Civil Veterinary Department. United Provinces 1912-22 - 1912-1922
Year: 1912
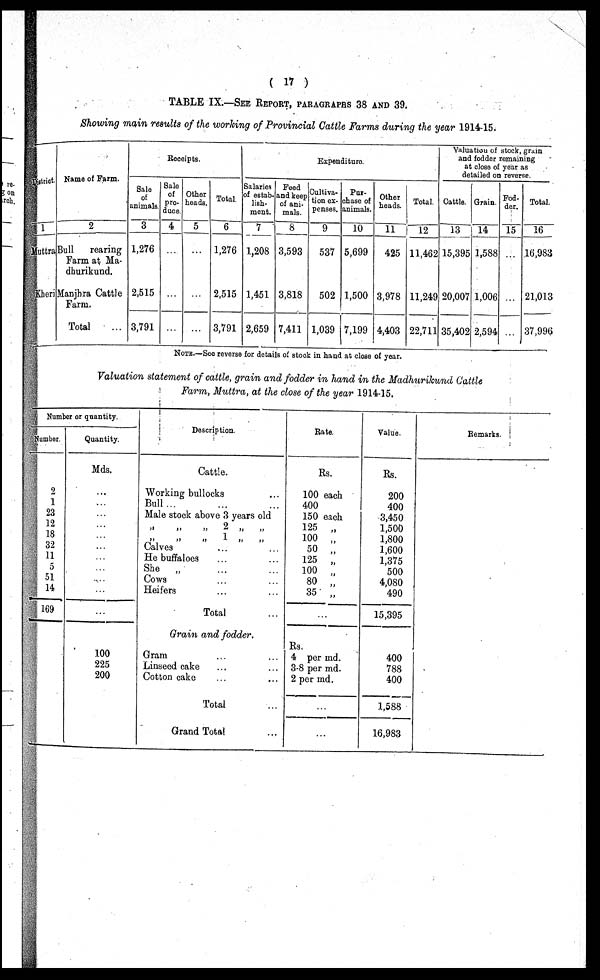
( 17 )
TABLE IX.—SEE REPORT, PARAGRAPHS 38 AND 39.
Showing main results of the working of Provincial Cattle Farms during the year 1914-15.
District
1
Muttra
Kheri
Name of Farm.
2
Bull
rearing
Farm at Ma-
dhurikund.
Manjhra Cattle
Farm.
Total …
Receipts.
Sale
of
animals.
3
1,276
2,515
3,791
Sale
of
pro-
duce
4
…
…
…
Other
heads.
5
…
…
…
Total.
6
1,276
2,515
3,791
Expenditure.
Salaries
of estab-
lish-
ment.
7
1,208
1,451
2,659
Feed
and keep
of ani-
mals.
8
3,593
3,818
7,411
Cultiva-
tion ex-
penses.
9
537
502
1,039
Pur-
chase of
animals.
10
5,699
1,500
7,199
Other
heads.
11
425
3,978
4,403
Total.
12
11,462
11,249
22,711
Valuation of stock, grain
and fodder remaining
at close of year as
detailed on reverse.
Cattle.
13
15,395
20,007
35,402
Grain
14
1,588
1,006
2,594
Fod-
der.
15
…
…
…
Total.
16
16,983
21,013
37,996
NOTE.—See reverse for details of stock in hand at close of year.
Valuation statement of cattle, grain and fodder in hand in the Madhurikund Cattle
Farm, Muttra, at the close of the year 1914-15.
Number or quantity.
Number.
2
1
23
12
18
32
11
5
51
14
169
Quantity.
Mds.
...
…
…
…
…
…
…
…
…
…
…
100
225
200
Description.
Cattle.
Working bullocks …
Bull...
Male stock above 3 years old
„ „ „ 2 „ „
„
„
„
1 „ „
Calves … …
He buffaloes … …
She „ ... ...
Cows … …
Heifers … …
Total …
Grain and fodder.
Gram … …
Linseed cake … …
Cotton cake … …
Total …
Grand Total …
Rate
Rs.
100 each
400
150 each
125 „
100 „
50 „
125 „
100 „
80 „
35 „
Rs.
4 per md.
3-8 per md.
2 per md.
…
…
Value.
Rs.
200
400
3,450
1,500
1,800
1,600
1,375
500
4,080
490
15,395
400
788
400
1,588
16,983
Remarks.